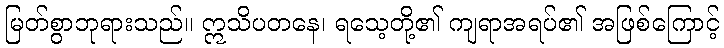
မြတ်စွာဘုရားသည်။ ဣသိပတနေ၊ ရသေ့တို့၏ ကျရာအရပ်၏ အဖြစ်ကြောင့်